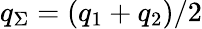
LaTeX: q_{\Sigma}=(q_{1}+q_{2})/2